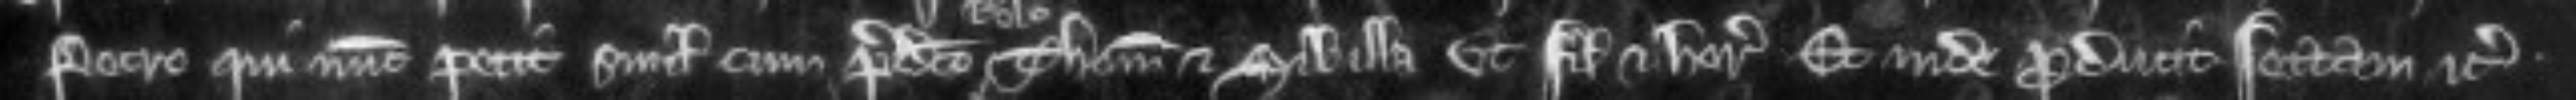
Petro qui nunc petit simul cum predicto Thoma et Sibilla ut filio et heredi Et inde producit sectam etc.